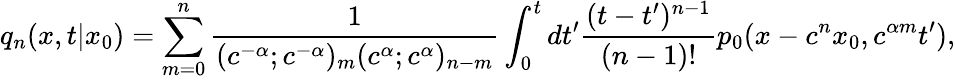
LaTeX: q_{n}(x,t|x_{0})=\sum_{m=0}^{n}\frac{1}{(c^{-\alpha};c^{-\alpha})_{m}(c^{\alpha};c^{\alpha})_{n-m}}\int_{0}^{t}dt^{\prime}\frac{(t-t^{\prime})^{n-1}}{(n-1)!}p_{0}(x-c^{n}x_{0},c^{\alpha m}t^{\prime}),